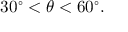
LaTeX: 3 0 ^ { \circ } < \theta < 6 0 ^ { \circ } .